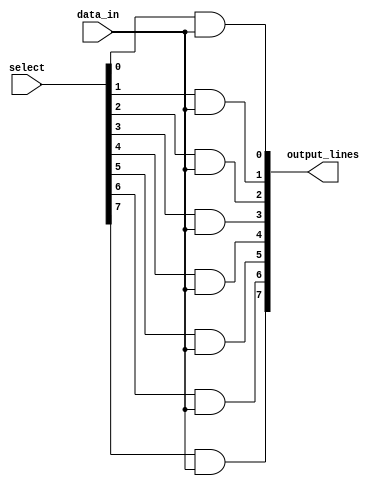
module demux_1to8 (
    input wire [7:0] select,
    input wire data_in,
    output reg [7:0] output_lines
);

reg [7:0] and_outputs;

always @(*) begin
    and_outputs[0] = (select[0] & data_in);
    and_outputs[1] = (select[1] & data_in);
    and_outputs[2] = (select[2] & data_in);
    and_outputs[3] = (select[3] & data_in);
    and_outputs[4] = (select[4] & data_in);
    and_outputs[5] = (select[5] & data_in);
    and_outputs[6] = (select[6] & data_in);
    and_outputs[7] = (select[7] & data_in);
end

assign output_lines = and_outputs;

endmodule